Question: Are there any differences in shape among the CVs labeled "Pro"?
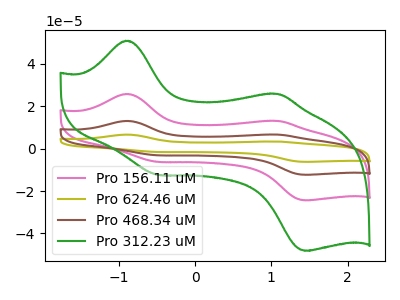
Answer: <think>The pink curve "Pro 156.11 uM" has anodic peaks at (-0.90V, 25.75uA) (1.10V, 13.05uA) and cathodic peaks at (-0.50V, -6.30uA) (1.45V, -24.35uA). The olive curve "Pro 624.46 uM" has anodic peaks at (-0.90V, 77.20uA) (1.10V, 39.15uA) and cathodic peaks at (-0.50V, -18.85uA) (1.45V, -73.10uA). The brown curve "Pro 468.34 uM" has anodic peaks at (-0.90V, 51.50uA) (1.10V, 26.10uA) and cathodic peaks at (-0.50V, -12.55uA) (1.45V, -48.75uA). The green curve "Pro 312.23 uM" has anodic peaks at (-0.90V, 50.85uA) (1.10V, 25.80uA) and cathodic peaks at (-0.50V, -12.40uA) (1.45V, -48.15uA).
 All the peaks in "Pro 156.11 uM" have a peak in "Pro 624.46 uM" at the same potential. Every peak in "Pro 156.11 uM" is lower than every peak in "Pro 624.46 uM". All the peaks in "Pro 156.11 uM" have a peak in "Pro 468.34 uM" at the same potential. Every peak in "Pro 156.11 uM" is lower than every peak in "Pro 468.34 uM". All the peaks in "Pro 156.11 uM" have a peak in "Pro 312.23 uM" at the same potential. Every peak in "Pro 156.11 uM" is lower than every peak in "Pro 312.23 uM". All the peaks in "Pro 624.46 uM" have a peak in "Pro 468.34 uM" at the same potential. Every peak in "Pro 624.46 uM" is higher than every peak in "Pro 468.34 uM". All the peaks in "Pro 624.46 uM" have a peak in "Pro 312.23 uM" at the same potential. Every peak in "Pro 624.46 uM" is higher than every peak in "Pro 312.23 uM". All the peaks in "Pro 468.34 uM" have a peak in "Pro 312.23 uM" at the same potential. Every peak in "Pro 468.34 uM" is higher than every peak in "Pro 312.23 uM".</think>
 <answer>All the CV's of "Pro" have similar shape.</answer>
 <eval>follow_rule</eval>